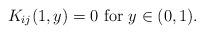
LaTeX: \begin{align*}K_{ij}(1, y) = 0 \mbox{ for } y \in (0, 1).\end{align*}